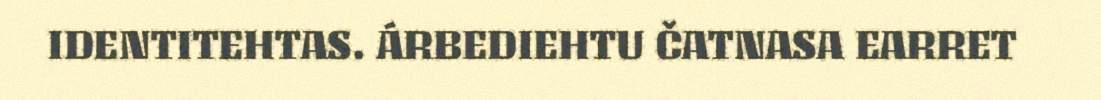
IDENTITEHTAS. ÁRBEDIEHTU ČATNASA EARRET